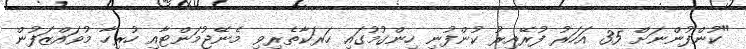
"ކުންފުންނަށް 35 އަހަރު ފުރޭއިރު ކުންފުނި ހިންގުމުގައި ހަރަކާތެރިވި މެނޭޖުމަންޓާއި ހުރިހާ މުވައްޒަފުން